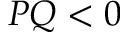
P Q < 0